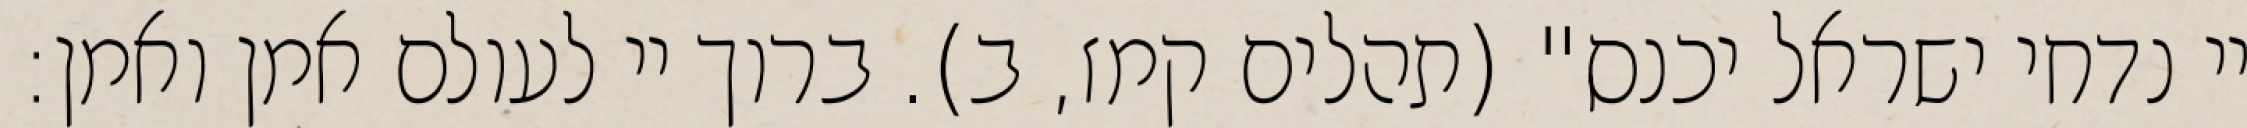
יי נדחי ישראל יכנס" (תהלים קמז, ב). ברוך יי לעולם אמן ואמן: